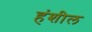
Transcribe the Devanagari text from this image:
हंशील